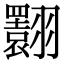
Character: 𦒬